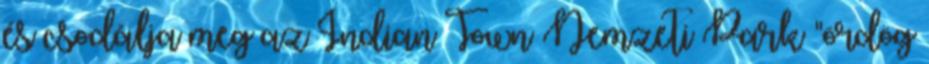
és csodálja meg az Indian Town Nemzeti Park "ördög